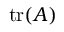
\operatorname { t r } ( A )